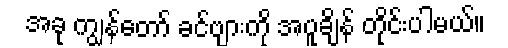
အခု ကျွန်တော် ခင်ဗျားကို အပူချိန် တိုင်းပါမယ်။